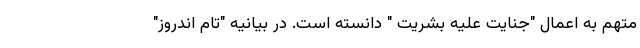
متهم به اعمال "جنایت علیه بشریت " دانسته است. در بیانیه "تام اندروز"